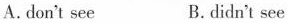
A.don't see B.didn't see